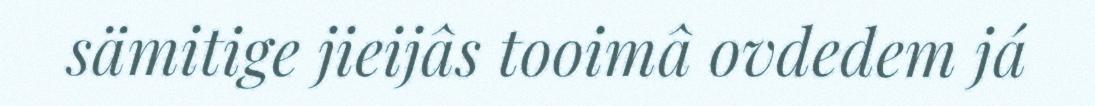
sämitige jieijâs tooimâ ovdedem já